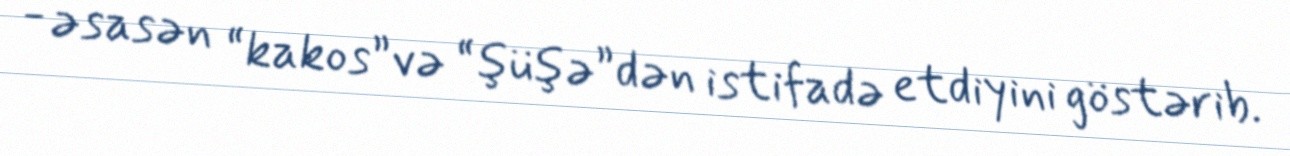
- əsasən “kakos”və “şüşə”dən istifadə etdiyini göstərib.